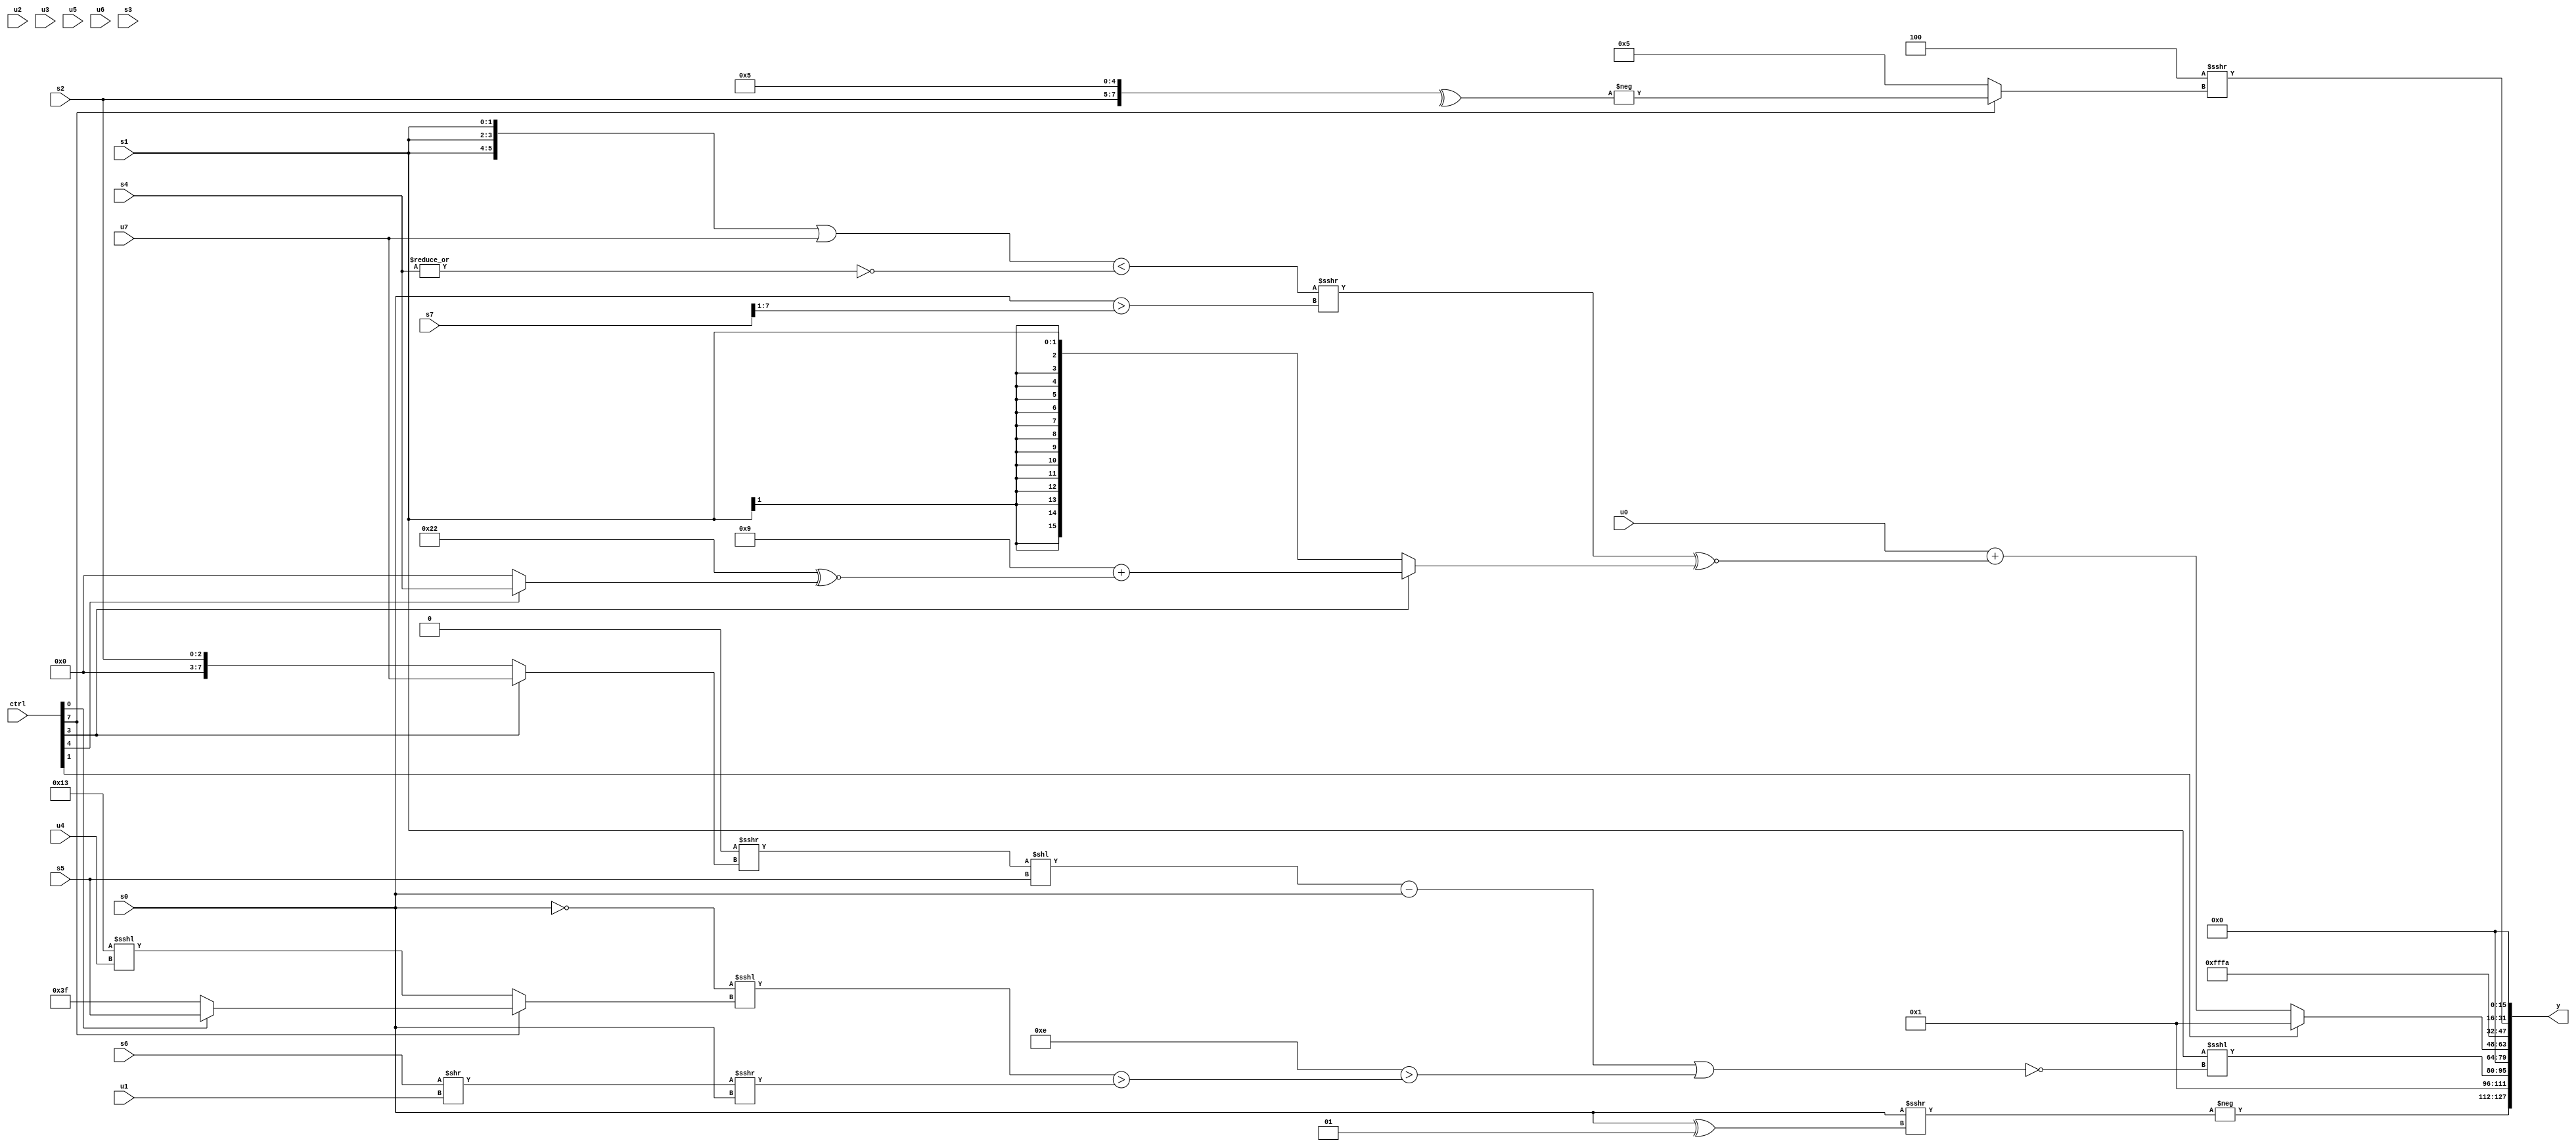
module wideexpr_00798(ctrl, u0, u1, u2, u3, u4, u5, u6, u7, s0, s1, s2, s3, s4, s5, s6, s7, y);
  input [7:0] ctrl;
  input [0:0] u0;
  input [1:0] u1;
  input [2:0] u2;
  input [3:0] u3;
  input [4:0] u4;
  input [5:0] u5;
  input [6:0] u6;
  input [7:0] u7;
  input signed [0:0] s0;
  input signed [1:0] s1;
  input signed [2:0] s2;
  input signed [3:0] s3;
  input signed [4:0] s4;
  input signed [5:0] s5;
  input signed [6:0] s6;
  input signed [7:0] s7;
  output [127:0] y;
  wire [15:0] y0;
  wire [15:0] y1;
  wire [15:0] y2;
  wire [15:0] y3;
  wire [15:0] y4;
  wire [15:0] y5;
  wire [15:0] y6;
  wire [15:0] y7;
  assign y = {y0,y1,y2,y3,y4,y5,y6,y7};
  assign y0 = -(+((s0)>>>((s0)^(2'sb01))));
  assign y1 = -($signed((1'sb0)-(2'sb01)));
  assign y2 = (s1)<<<(!(($unsigned((((1'sb0)>>>((ctrl[3]?u7:s2)))<<($signed(s5)))-(s0)))|((4'b1110)>((($signed(~(s0)))<<<((ctrl[7]?(ctrl[0]?s5:2'sb11):(5'sb10011)<<<(u4))))>(((+(s6))>>(u1))>>>(s0))))));
  assign y3 = ~|(2'sb01);
  assign y4 = (ctrl[1]?2'sb01:($signed(u0))+(($signed(((({3{$signed(s1)}})|((ctrl[0]?u7:u7)))<({1{~|($unsigned(s4))}}))>>>((s0)>((s7)>>>(1'sb1)))))^~((ctrl[3]?(4'sb1001)+((6'sb100010)^~((ctrl[4]?s4:1'sb0))):s1))));
  assign y5 = (2'sb11)&(4'sb1010);
  assign y6 = (($signed({2{(2'b00)<<<(5'sb01010)}}))^($signed(5'sb11100)))>>>((ctrl[7]?-(^({s2,3'sb001,2'sb01})):4'sb0101));
  assign y7 = $signed(1'sb0);
endmodule